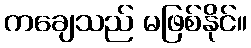
ကချေသည် မဖြစ်နိုင်။